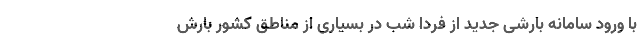
با ورود سامانه بارشی جدید از فردا شب در بسیاری از مناطق کشور بارش